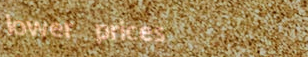
lower prices